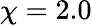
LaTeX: \chi=2.0